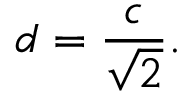
d = { \frac { c } { \sqrt { 2 } } } .